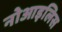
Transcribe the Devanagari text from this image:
नोआइलिस